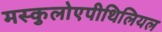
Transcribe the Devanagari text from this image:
मस्कुलोएपीथिलियल